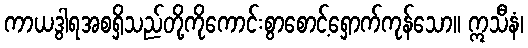
ကာယဒွါရအစရှိသည်တို့ကိုကောင်းစွာစောင့်ရှောက်ကုန်သော။ ဣသီနံ၊